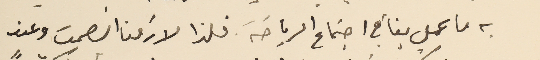
به ما عمل بنا في اجتماع الرياصَة فلذا لازمنا الصمت وعند